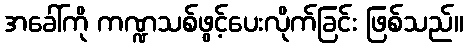
အခေါ်ကို ကဏ္ဍသစ်ဖွင့်ပေးလိုက်ခြင်း ဖြစ်သည်။